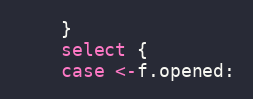
Language: Go
	}
	select {
	case <-f.opened: